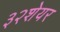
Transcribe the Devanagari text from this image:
३२शेयर